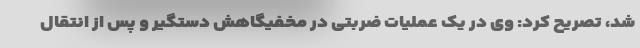
شد، تصریح کرد: وی در یک عملیات ضربتی در مخفیگاهش دستگیر و پس از انتقال